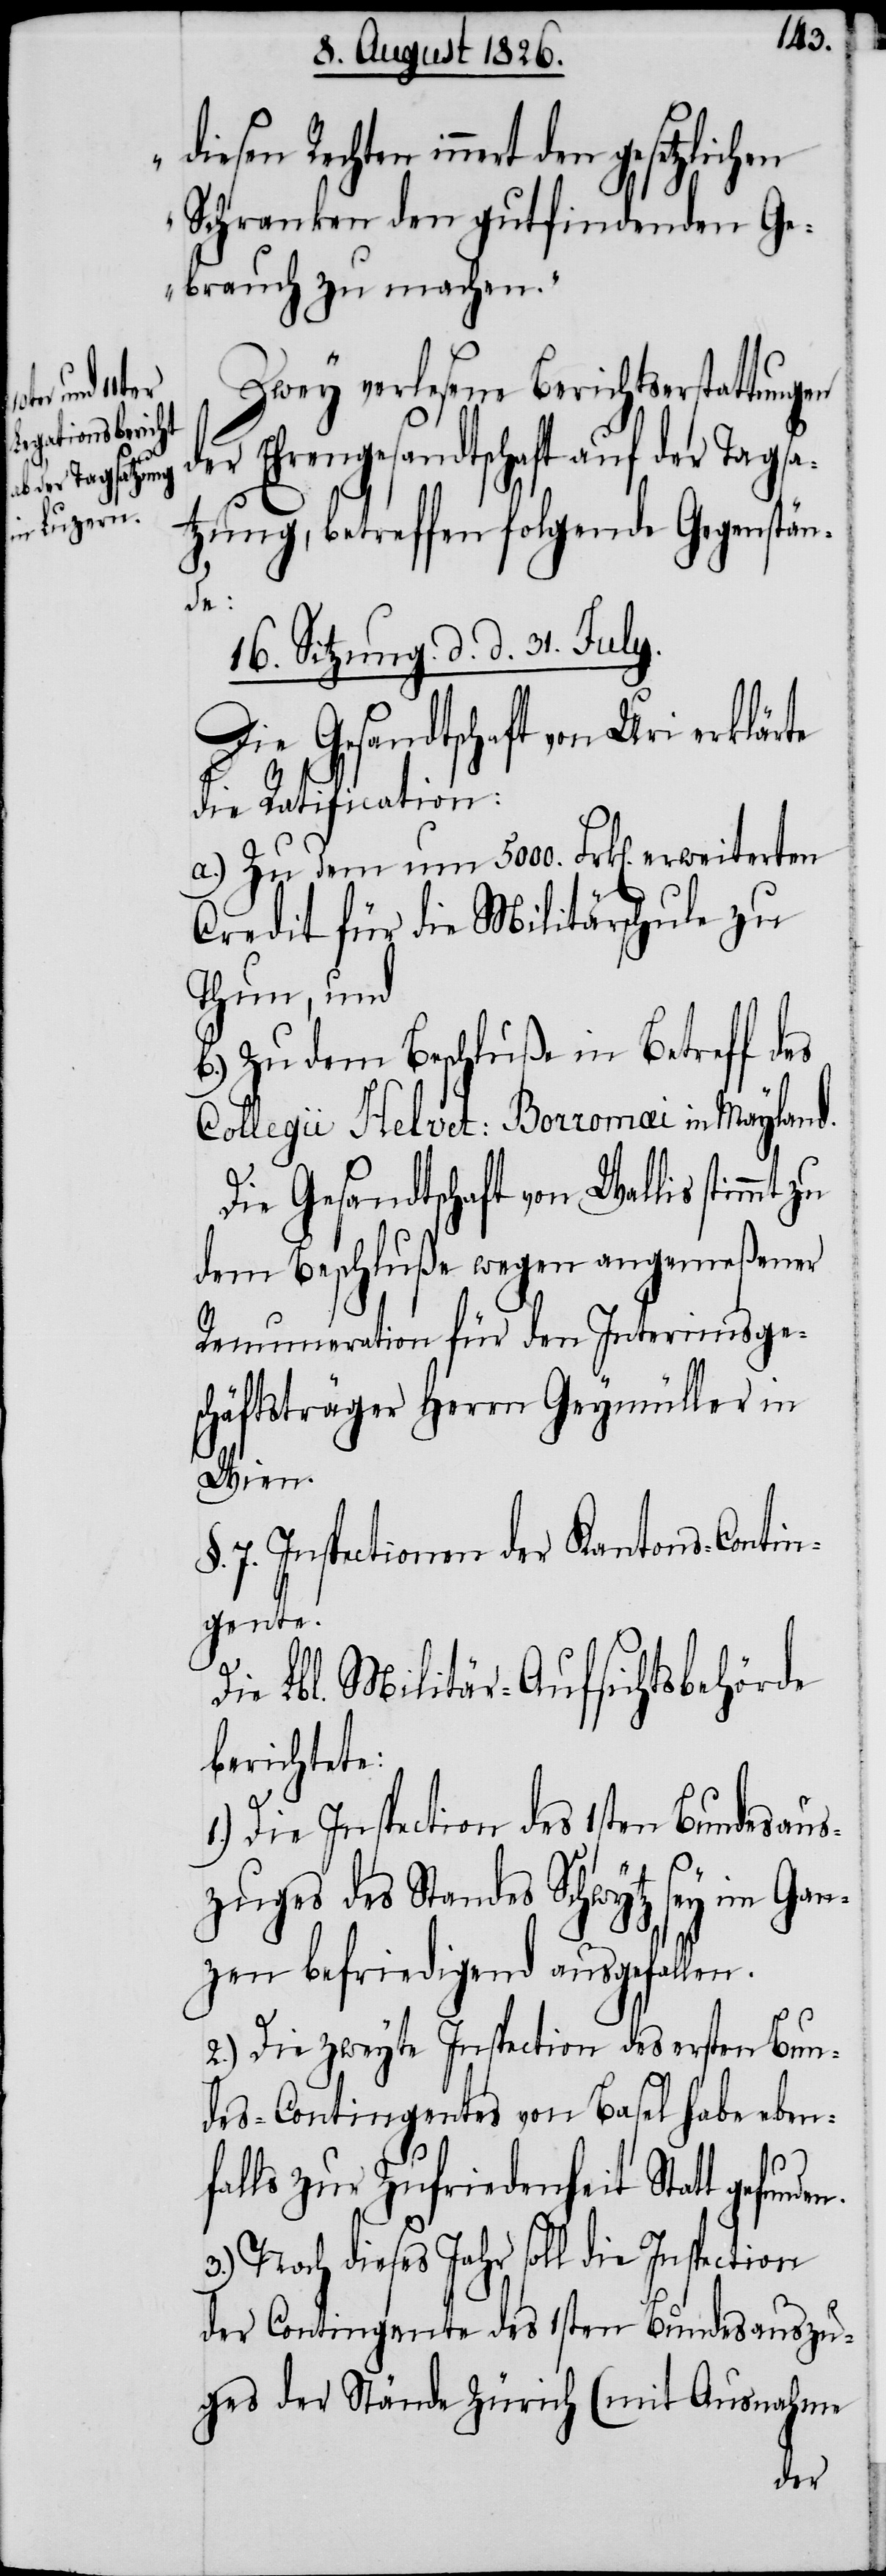
Schranken den gutfindenden Ge¬
brauch zu machen.“
Zwey verlesene Berichtserstattungen
der Ehrengesandtschaft auf der Tagsa¬
tzung, betreffen folgende Gegenstän¬
den.
16. Sitzung d. d. 31. July.
Die Gesandtschaft von Uri erklärte
die Ratification:
a.) Zu dem um 500. Frk[en]. erweiterten
Credit für die Militärschule zu
Thun, und
b.) Zu dem Beschluße in Betreff des
Collegii Helvet: Borromæi in Mayland.
Die Gesandtschaft von Wallis stimmt
dem Beschluße wegen angemeßener
Renumeration für den Interims Ge¬
schäftsträger Herrn Geymüller in
Wien.
§. 7. Inspectionen der Kantons-Contin¬
gente.
Die Lbl. Militär-Aufsichtsbehörde
berichtete:
1.) Die Inspection des 1sten Bundesaus¬
zuges des Standes Schwytz sey im Gan¬
zen befriedigend ausgefallen.
2.) Die zweyte Inspection des ersten Bun¬
des-Contingentes von Basel habe eben¬
falls zur Zufriedenheit Statt gefun¬
3.) Noch dieses Jahr soll die Inspection
der Contingente des 1sten Bundesauszu¬
ges der Stände Zürich (mit Ausnahme